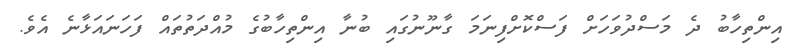
އިންތިހާބު ދެ މަސްދުވަހަށް ފަސްކޮށްފިނަމަ ގާނޫނުގައި ބުނާ އިންތިހާބުގެ މުއްދަތުތައް ފަހަނައަޅާނެ އެވެ.